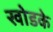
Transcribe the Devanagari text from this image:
खोडके